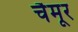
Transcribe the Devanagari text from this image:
चैमूर